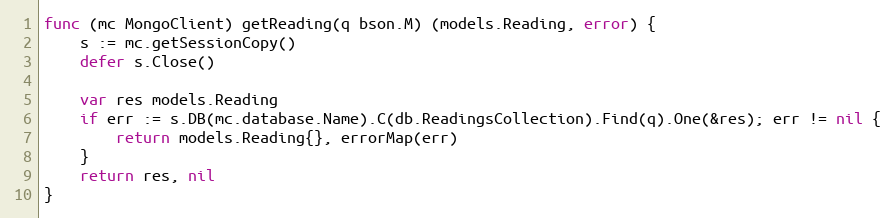
Language: Go
func (mc MongoClient) getReading(q bson.M) (models.Reading, error) {
	s := mc.getSessionCopy()
	defer s.Close()

	var res models.Reading
	if err := s.DB(mc.database.Name).C(db.ReadingsCollection).Find(q).One(&res); err != nil {
		return models.Reading{}, errorMap(err)
	}
	return res, nil
}